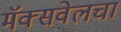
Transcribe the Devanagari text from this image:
मॅक्सवेलचा